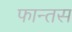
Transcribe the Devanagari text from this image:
फान्तस